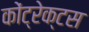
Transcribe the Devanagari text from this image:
कोंट्रेक्टस